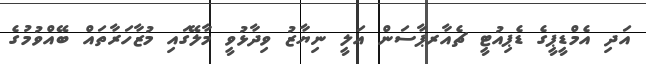
އަދި އެމްޑީޕީގެ ޑެޕިއުޓީ ޗެއާރޕާސަން އަލީ ނިޔާޒު ވިދާޅުވީ މާލޭގައި މުޒާހަރާތައް ބޭއްވުމުގެ